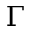
\Gamma